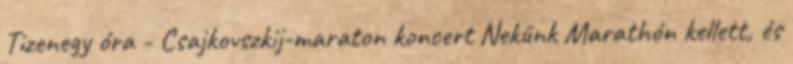
Tizenegy óra - Csajkovszkij-maraton koncert Nekünk Marathón kellett, és